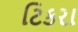
ટિકરા